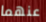
عنهما